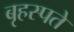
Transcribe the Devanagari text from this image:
बृहस्पते